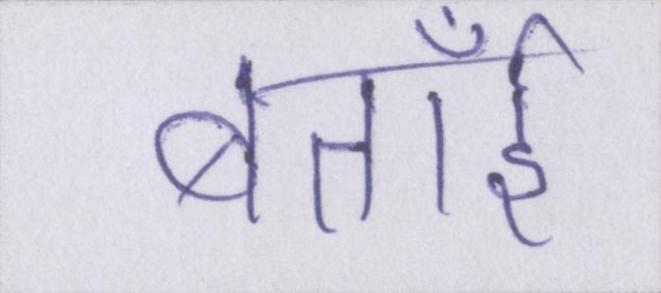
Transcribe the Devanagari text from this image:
बताईँ